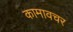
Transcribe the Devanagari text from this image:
कामावचर